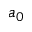
a _ { 0 }